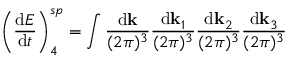
\left( \frac { \mathrm { d } { \cal E } } { \mathrm { d } t } \right) _ { 4 } ^ { s p } = \int \frac { \mathrm { d } { \bf k } } { ( 2 \pi ) ^ { 3 } } \frac { \mathrm { d } { \bf k } _ { 1 } } { ( 2 \pi ) ^ { 3 } } \frac { \mathrm { d } { \bf k } _ { 2 } } { ( 2 \pi ) ^ { 3 } } \frac { \mathrm { d } { \bf k } _ { 3 } } { ( 2 \pi ) ^ { 3 } }